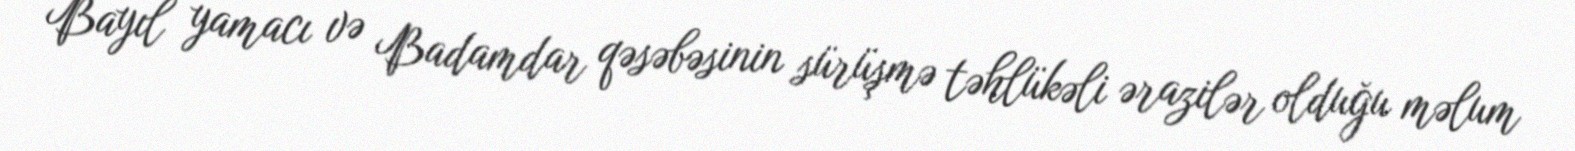
Bayıl yamacı və Badamdar qəsəbəsinin sürüşmə təhlükəli ərazilər olduğu məlum